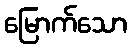
မြောက်သော